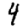
Digit: 4